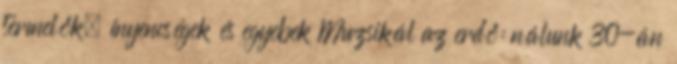
termelők, ínyencségek és egyebek Muzsikál az erdő: nálunk 30-án